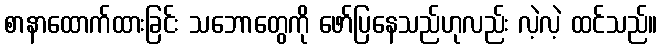
စာနာထောက်ထားခြင်း သဘောတွေကို ဖော်ပြနေသည်ဟုလည်း လဲ့လဲ့ ထင်သည်။